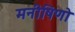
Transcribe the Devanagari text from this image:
मनीषिणो